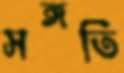
সঙ্গতি